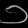
Digit: ၁